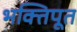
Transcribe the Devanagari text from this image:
भक्तिपूत